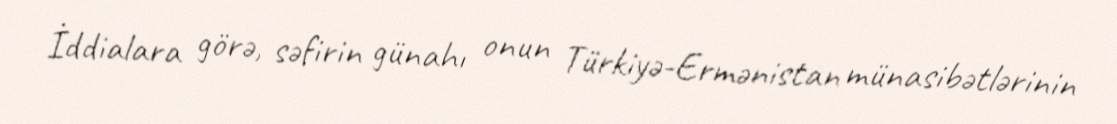
İddialara görə, səfirin günahı onun Türkiyə-Ermənistan münasibətlərinin